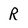
Character: R